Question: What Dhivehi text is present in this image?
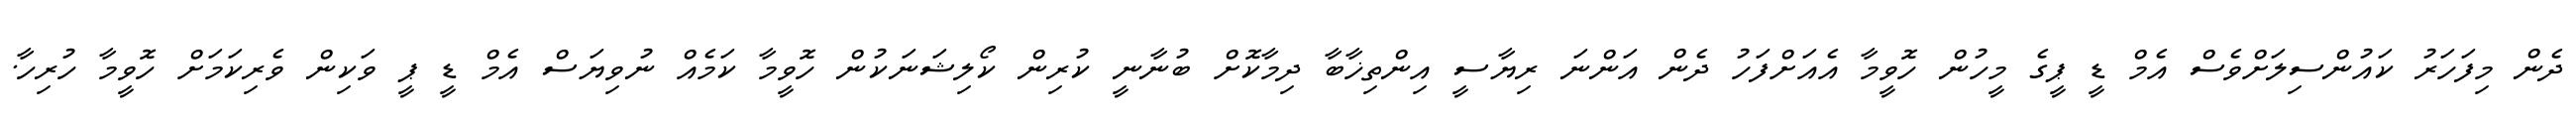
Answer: ދެން މިފަހަރު ކައުންސިލަށްވެސް އެމް ޑީ ޕީގެ މީހުން ހޮވީމާ އެއަށްފަހު ދެން އަންނަ ރިޔާސީ އިންތިޚާބާ ދިމާކޮށް ބުނާނީ ކުރިން ކޯލިޝަނަކުން ހޮވީމާ ކަމެއް ނުވިޔަސް އެމް ޑީ ޕީ ވަކިން ވެރިކަމަށް ހޮވީމާ ހުރިހާ.